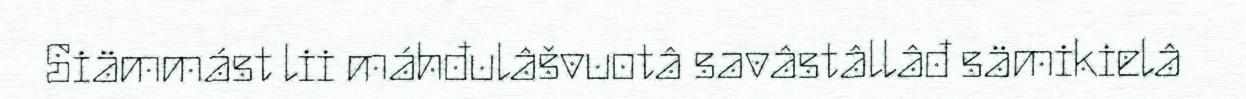
Siämmást lii máhđulâšvuotâ savâstâllâđ sämikielâ